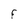
Character: F